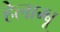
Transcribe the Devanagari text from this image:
हेलाम्बू